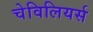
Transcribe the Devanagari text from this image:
चेविलियर्स